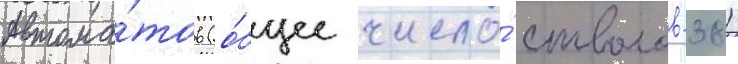
автома́тов (о́бщее число́ стволов-38)